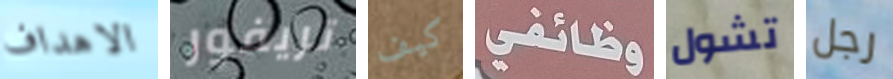
الاهداف تريفور كيف وظائفي تشول رجل